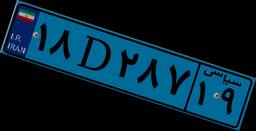
۱۱D۷۹۴۸۶